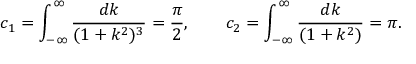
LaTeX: c _ { 1 } = \int _ { - \infty } ^ { \infty } \frac { d k } { ( 1 + k ^ { 2 } ) ^ { 3 } } = \frac { \pi } { 2 } , \qquad c _ { 2 } = \int _ { - \infty } ^ { \infty } \frac { d k } { ( 1 + k ^ { 2 } ) } = \pi .